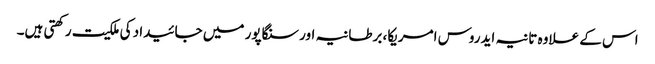
اس کے علاوہ تانیہ ایدروس امریکا، برطانیہ اور سنگاپور میں جائیداد کی ملکیت رکھتی ہیں۔